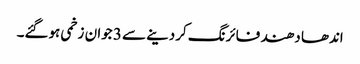
اندھا دھند فائرنگ کردینے سے 3 جوان زخمی ہوگئے۔